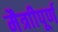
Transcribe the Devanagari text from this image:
मैत्राीपूर्ण